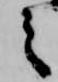
之